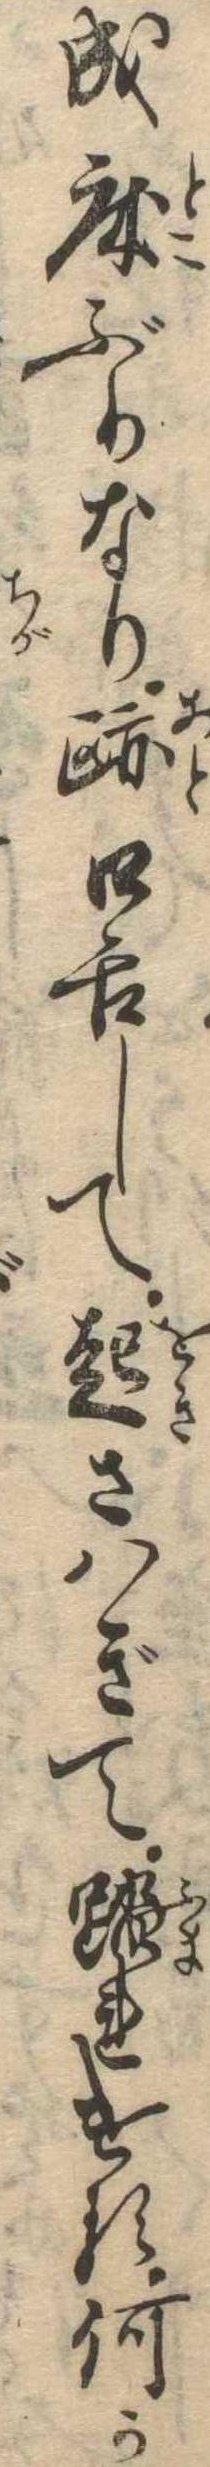
成床ぶりなり跡口舌して起さはぎて踏れける何か